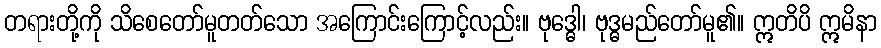
တရားတို့ကို သိစေတော်မူတတ်သော အကြောင်းကြောင့်လည်း။ ဗုဒ္ဓေါ၊ ဗုဒ္ဓမည်တော်မူ၏။ ဣတိပိ ဣမိနာ